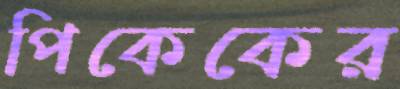
পিকেকের